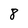
Character: 8